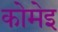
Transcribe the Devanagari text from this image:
कोमेइ